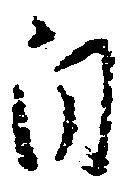
自